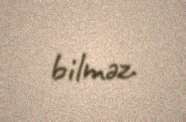
bilməz.